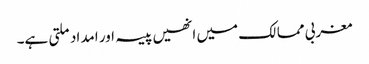
مغربی ممالک میں انھیں پیسہ اور امداد ملتی ہے۔